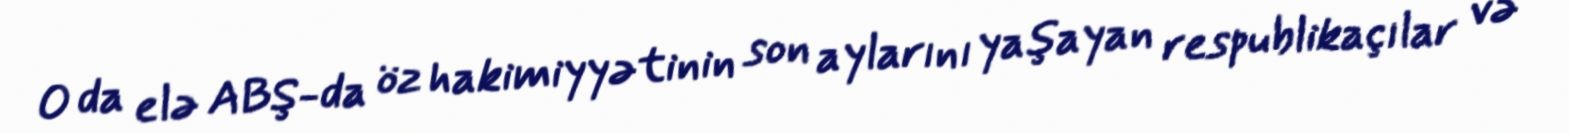
O da elə ABŞ-da öz hakimiyyətinin son aylarını yaşayan respublikaçılar və